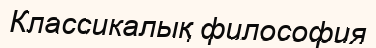
Классикалық философия